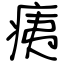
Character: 痍